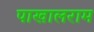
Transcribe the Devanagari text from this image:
पाखालराम